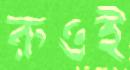
রুওই